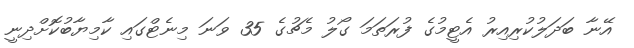
އޭނާ ބަދަލުކުރިއިރު އެޓީމުގެ ފުރަތަމަ ގޯލު މެޗުގެ 35 ވަނަ މިނެޓްގައި ކާމިޔާބުކޮށްދިނީ